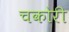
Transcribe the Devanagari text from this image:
चकोरी